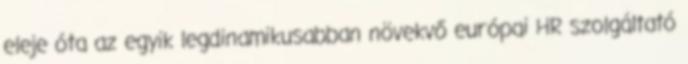
eleje óta az egyik legdinamikusabban növekvő európai HR szolgáltató